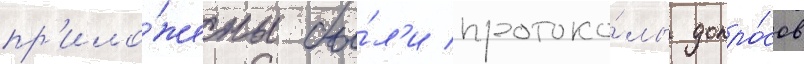
пр'ило́жены бы́л'и протоко́лы допро́сов